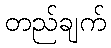
တည်ချက်